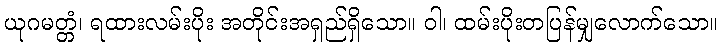
ယုဂမတ္တံ၊ ရထားလမ်းပိုး အတိုင်းအရှည်ရှိသော။ ဝါ၊ ထမ်းပိုးတပြန်မျှလောက်သော။